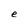
Character: e